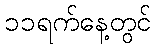
၁၁ရက်နေ့တွင်